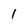
Character: 1